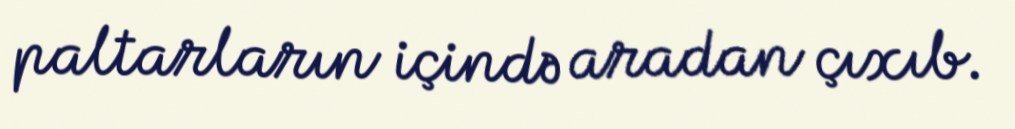
paltarların içində aradan çıxıb.